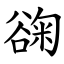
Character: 䜯